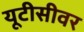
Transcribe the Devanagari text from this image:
यूटीसीवर